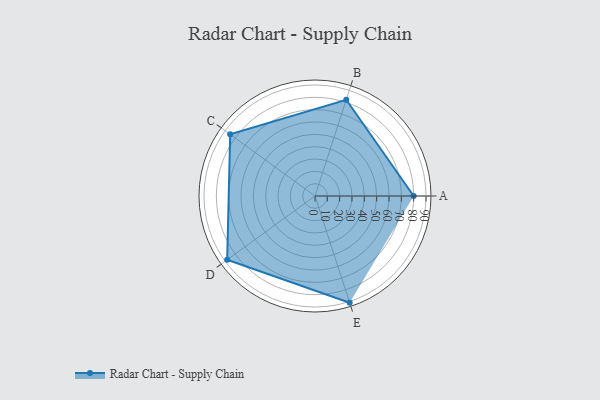
{"axis": {"x": "Skill", "y": "Score"}, "legend": ["Profile"], "data": [{"x": "A", "y": 80.0, "type": "Profile"}, {"x": "B", "y": 82.0, "type": "Profile"}, {"x": "C", "y": 85.0, "type": "Profile"}, {"x": "D", "y": 88.0, "type": "Profile"}, {"x": "E", "y": 91.0, "type": "Profile"}]}